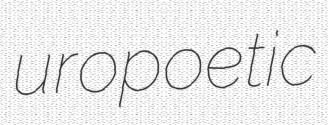
uropoetic